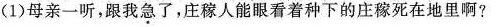
()母亲一听，跟我急了，庄稼人能跟看着种下的庄稼死在地里啊?